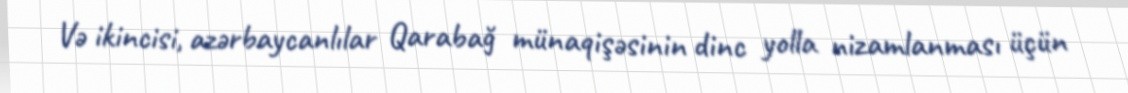
Və ikincisi, azərbaycanlılar Qarabağ münaqişəsinin dinc yolla nizamlanması üçün